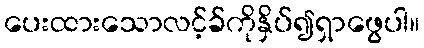
ပေးထားသောလင့်ခ်ကိုနှိပ်၍ရှာဖွေပါ။